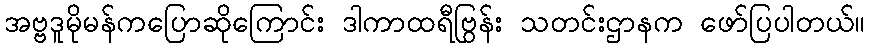
အဗ္ဗဒူမိုမန်ကပြောဆိုကြောင်း ဒါကာထရီဗြွန်း သတင်းဌာနက ဖော်ပြပါတယ်။